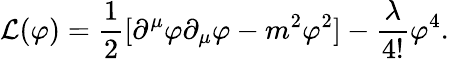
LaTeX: {\mathcal{L}}(\varphi)={\frac{1}{2}}[\partial^{\mu}\varphi\partial_{\mu}\varphi-m^{2}\varphi^{2}]-{\frac{\lambda}{4!}}\varphi^{4}.